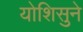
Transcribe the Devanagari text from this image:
योशिसुने